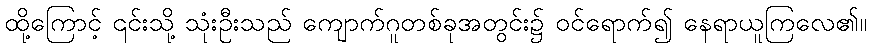
ထို့ကြောင့် ၎င်းသို့ သုံးဦးသည် ကျောက်ဂူတစ်ခုအတွင်း၌ ဝင်ရောက်၍ နေရာယူကြလေ၏။